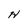
Character: H